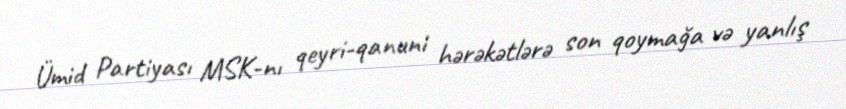
Ümid Partiyası MSK-nı qeyri-qanuni hərəkətlərə son qoymağa və yanlış